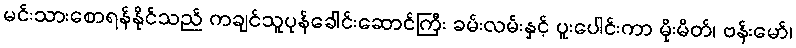
မင်းသားစောရန်နိုင်သည် ကချင်သူပုန်ခေါင်းဆောင်ကြီး ခမ်းလမ်းနှင့် ပူးပေါင်းကာ မိုးမိတ်၊ ဗန်းမော်၊